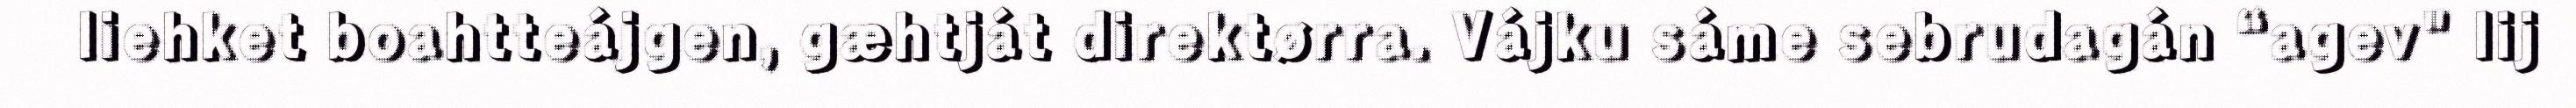
liehket boahtteájgen, gæhtját direktørra. Vájku sáme sebrudagán “agev" lij